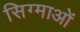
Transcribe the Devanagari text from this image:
सिग्माओं